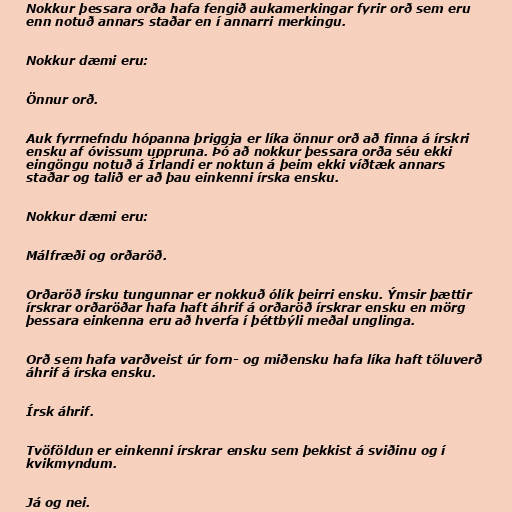
Nokkur þessara orða hafa fengið aukamerkingar fyrir orð sem eru
enn notuð annars staðar en í annarri merkingu.

Nokkur dæmi eru:

Önnur orð.

Auk fyrrnefndu hópanna þriggja er líka önnur orð að finna á írskri
ensku af óvissum uppruna. Þó að nokkur þessara orða séu ekki
eingöngu notuð á Írlandi er noktun á þeim ekki víðtæk annars
staðar og talið er að þau einkenni írska ensku.

Nokkur dæmi eru:

Málfræði og orðaröð.

Orðaröð írsku tungunnar er nokkuð ólík þeirri ensku. Ýmsir þættir
írskrar orðaröðar hafa haft áhrif á orðaröð írskrar ensku en mörg
þessara einkenna eru að hverfa í þéttbýli meðal unglinga.

Orð sem hafa varðveist úr forn- og miðensku hafa líka haft töluverð
áhrif á írska ensku.

Írsk áhrif.

Tvöföldun er einkenni írskrar ensku sem þekkist á sviðinu og í
kvikmyndum.

Já og nei.